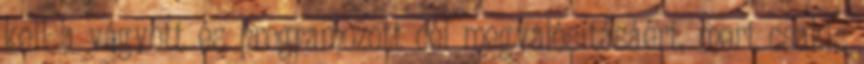
kell a vágyott és programozott cél megvalósításáért, mert csakis